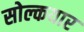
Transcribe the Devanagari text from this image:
सोल्कयार